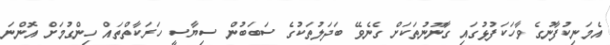
އެމަނިކުފާނުގެ ވާހަކަފުޅުގައި ގާނޫނުތަކަށް ގެނެވޭ ބަދަލުތަކުގެ ސަބަބުން ސިޔާސީ ހަރަކާތްތައް ހިންގުމަށް އޮންނަ